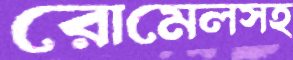
রোমেলসহ